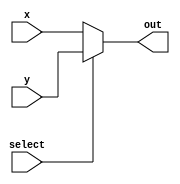
module mux #(
	parameter datawidth = 8
	)

(
	x,
	y,
	select,
	out
);

input wire [datawidth - 1:0] x;
input wire [datawidth - 1:0] y;

input wire select;

output wire [datawidth - 1:0] out;

assign out = select? y : x;

endmodule